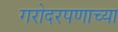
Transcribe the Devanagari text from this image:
गरोदरपणाच्या